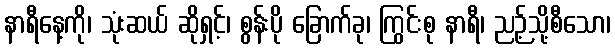
နာရီနေ့ကို၊ သုံးဆယ် ဆိုရှင့်၊ စွန်းပို ခြောက်ခု၊ ကြွင်းစု နာရီ၊ ညဉ့်သို့စီသော၊